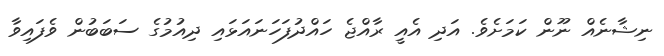
ނިޝާނެއް ނޫން ކަމަށެވެ. އަދި އެއީ ރާއްޖެ ހައްދުފަހަނައަޅައި ދިއުމުގެ ސަބަބުން ވެފައިވާ